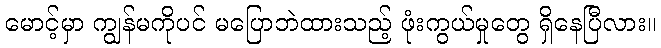
မောင့်မှာ ကျွန်မကိုပင် မပြောဘဲထားသည့် ဖုံးကွယ်မှုတွေ ရှိနေပြီလား။